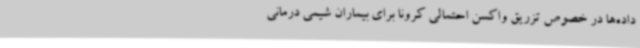
داده‌ها در خصوص تزریق واکسن احتمالی کرونا برای بیماران شیمی درمانی